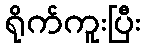
ရိုက်ကူးပြီး